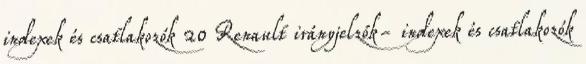
indexek és csatlakozók 20 Renault irányjelzők- indexek és csatlakozók